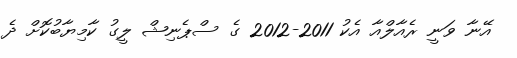
އޭނާ ވަނީ ރެއާލްއާ އެކު 2011-2012 ގެ ސްޕެނިޝް ލީގު ކާމިޔާބުކޮށް ދެ